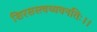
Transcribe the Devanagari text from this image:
शिरसस्त्वय्यवनतिः।।